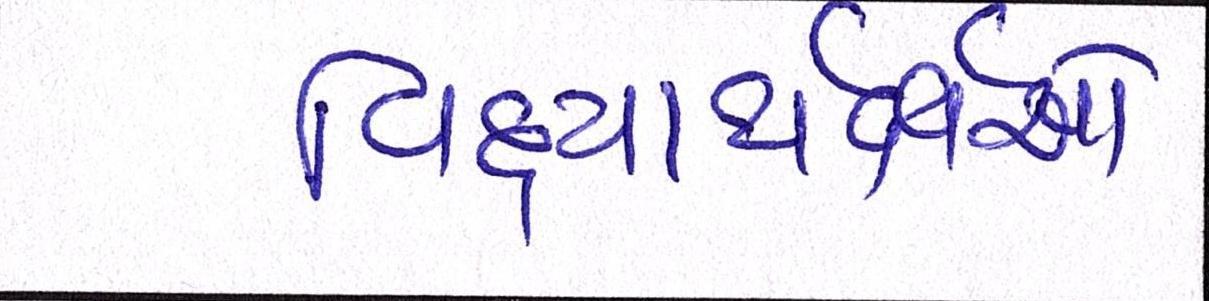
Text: વિદ્યાથર્ક્ષઓ